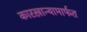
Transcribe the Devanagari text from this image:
कारखान्यामार्फत